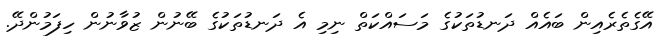
އޭގެތެރެއިން ބައެއް ދަނޑުތަކުގެ މަސައްކަތް ނިމި އެ ދަނޑުތަކުގެ ބޭނުން ޒުވާނުން ހިފަމުންދޭ.